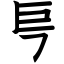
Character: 巪